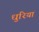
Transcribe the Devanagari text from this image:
धुरियां